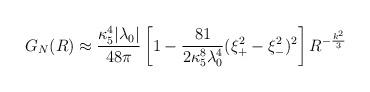
LaTeX: \begin{align*}G_{N}(R)\approx {\kappa_{5}^4|\lambda_{0}|\over 48\pi}\left[1-{81\over 2\kappa_{5}^8\lambda_{0}^4}(\xi_{+}^2-\xi_{-}^2)^2\right]R^{-\frac{k^2}{3}}\end{align*}